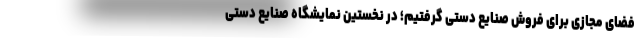
فضای مجازی برای فروش صنایع دستی گرفتیم؛ در نخستین نمایشگاه صنایع دستی